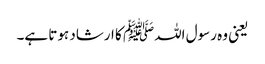
یعنی وہ رسول اللہﷺ کا ارشاد ہوتا ہے۔